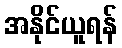
အနိုင်ယူရန်